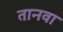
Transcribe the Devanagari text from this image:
तानवा